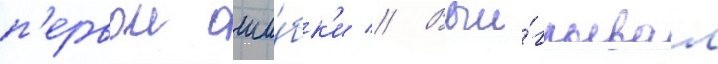
п'ервои оши́бк'и // Выи́грывал